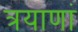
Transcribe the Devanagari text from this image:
त्रयाणां